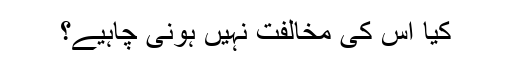
کیا اس کی مخالفت نہیں ہونی چاہیے؟